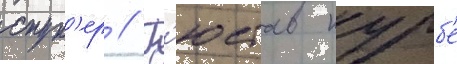
спун'ер // Г'юстав курб'е